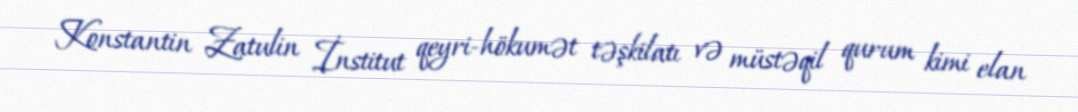
Konstantin Zatulin İnstitut qeyri-hökumət təşkilatı və müstəqil qurum kimi elan